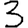
Digit: 3